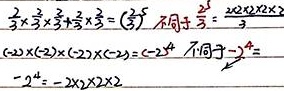
\[
\begin{align*}
&\frac{2}{3}\times\frac{2}{3}\times\frac{2}{3}+\frac{2}{3}\times\frac{2}{3}=(\frac{2}{3})^3+\frac{2^2}{3^2}=\frac{2\times2\times2 + 2\times2}{3\times3\times3}\\
&(-2)\times(-2)\times(-2)\times(-2)=(-2)^4\neq -2^4=- 2\times2\times2\times2
\end{align*} \text{ 不同于 }-(-2)^4=
\]